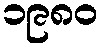
၁၉၈၀